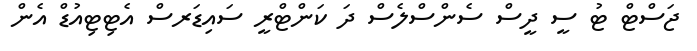
ޖަސްޓް ޓު ސީ ދީސް ސެންސްލެސް ދަ ކަންޓްރީ ސައިޑަރސް އެޓިޓިއުޑް އެން